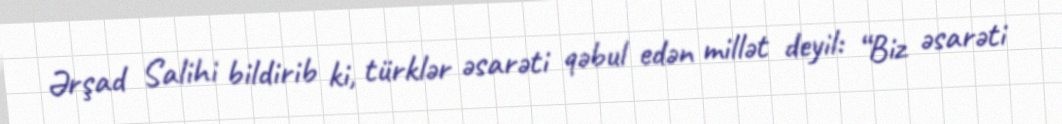
Ərşad Salihi bildirib ki, türklər əsarəti qəbul edən millət deyil: “Biz əsarəti